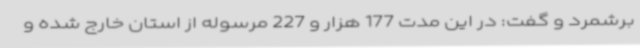
برشمرد و گفت: در این مدت 177 هزار و 227 مرسوله از استان خارج شده و